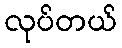
လုပ်တယ်